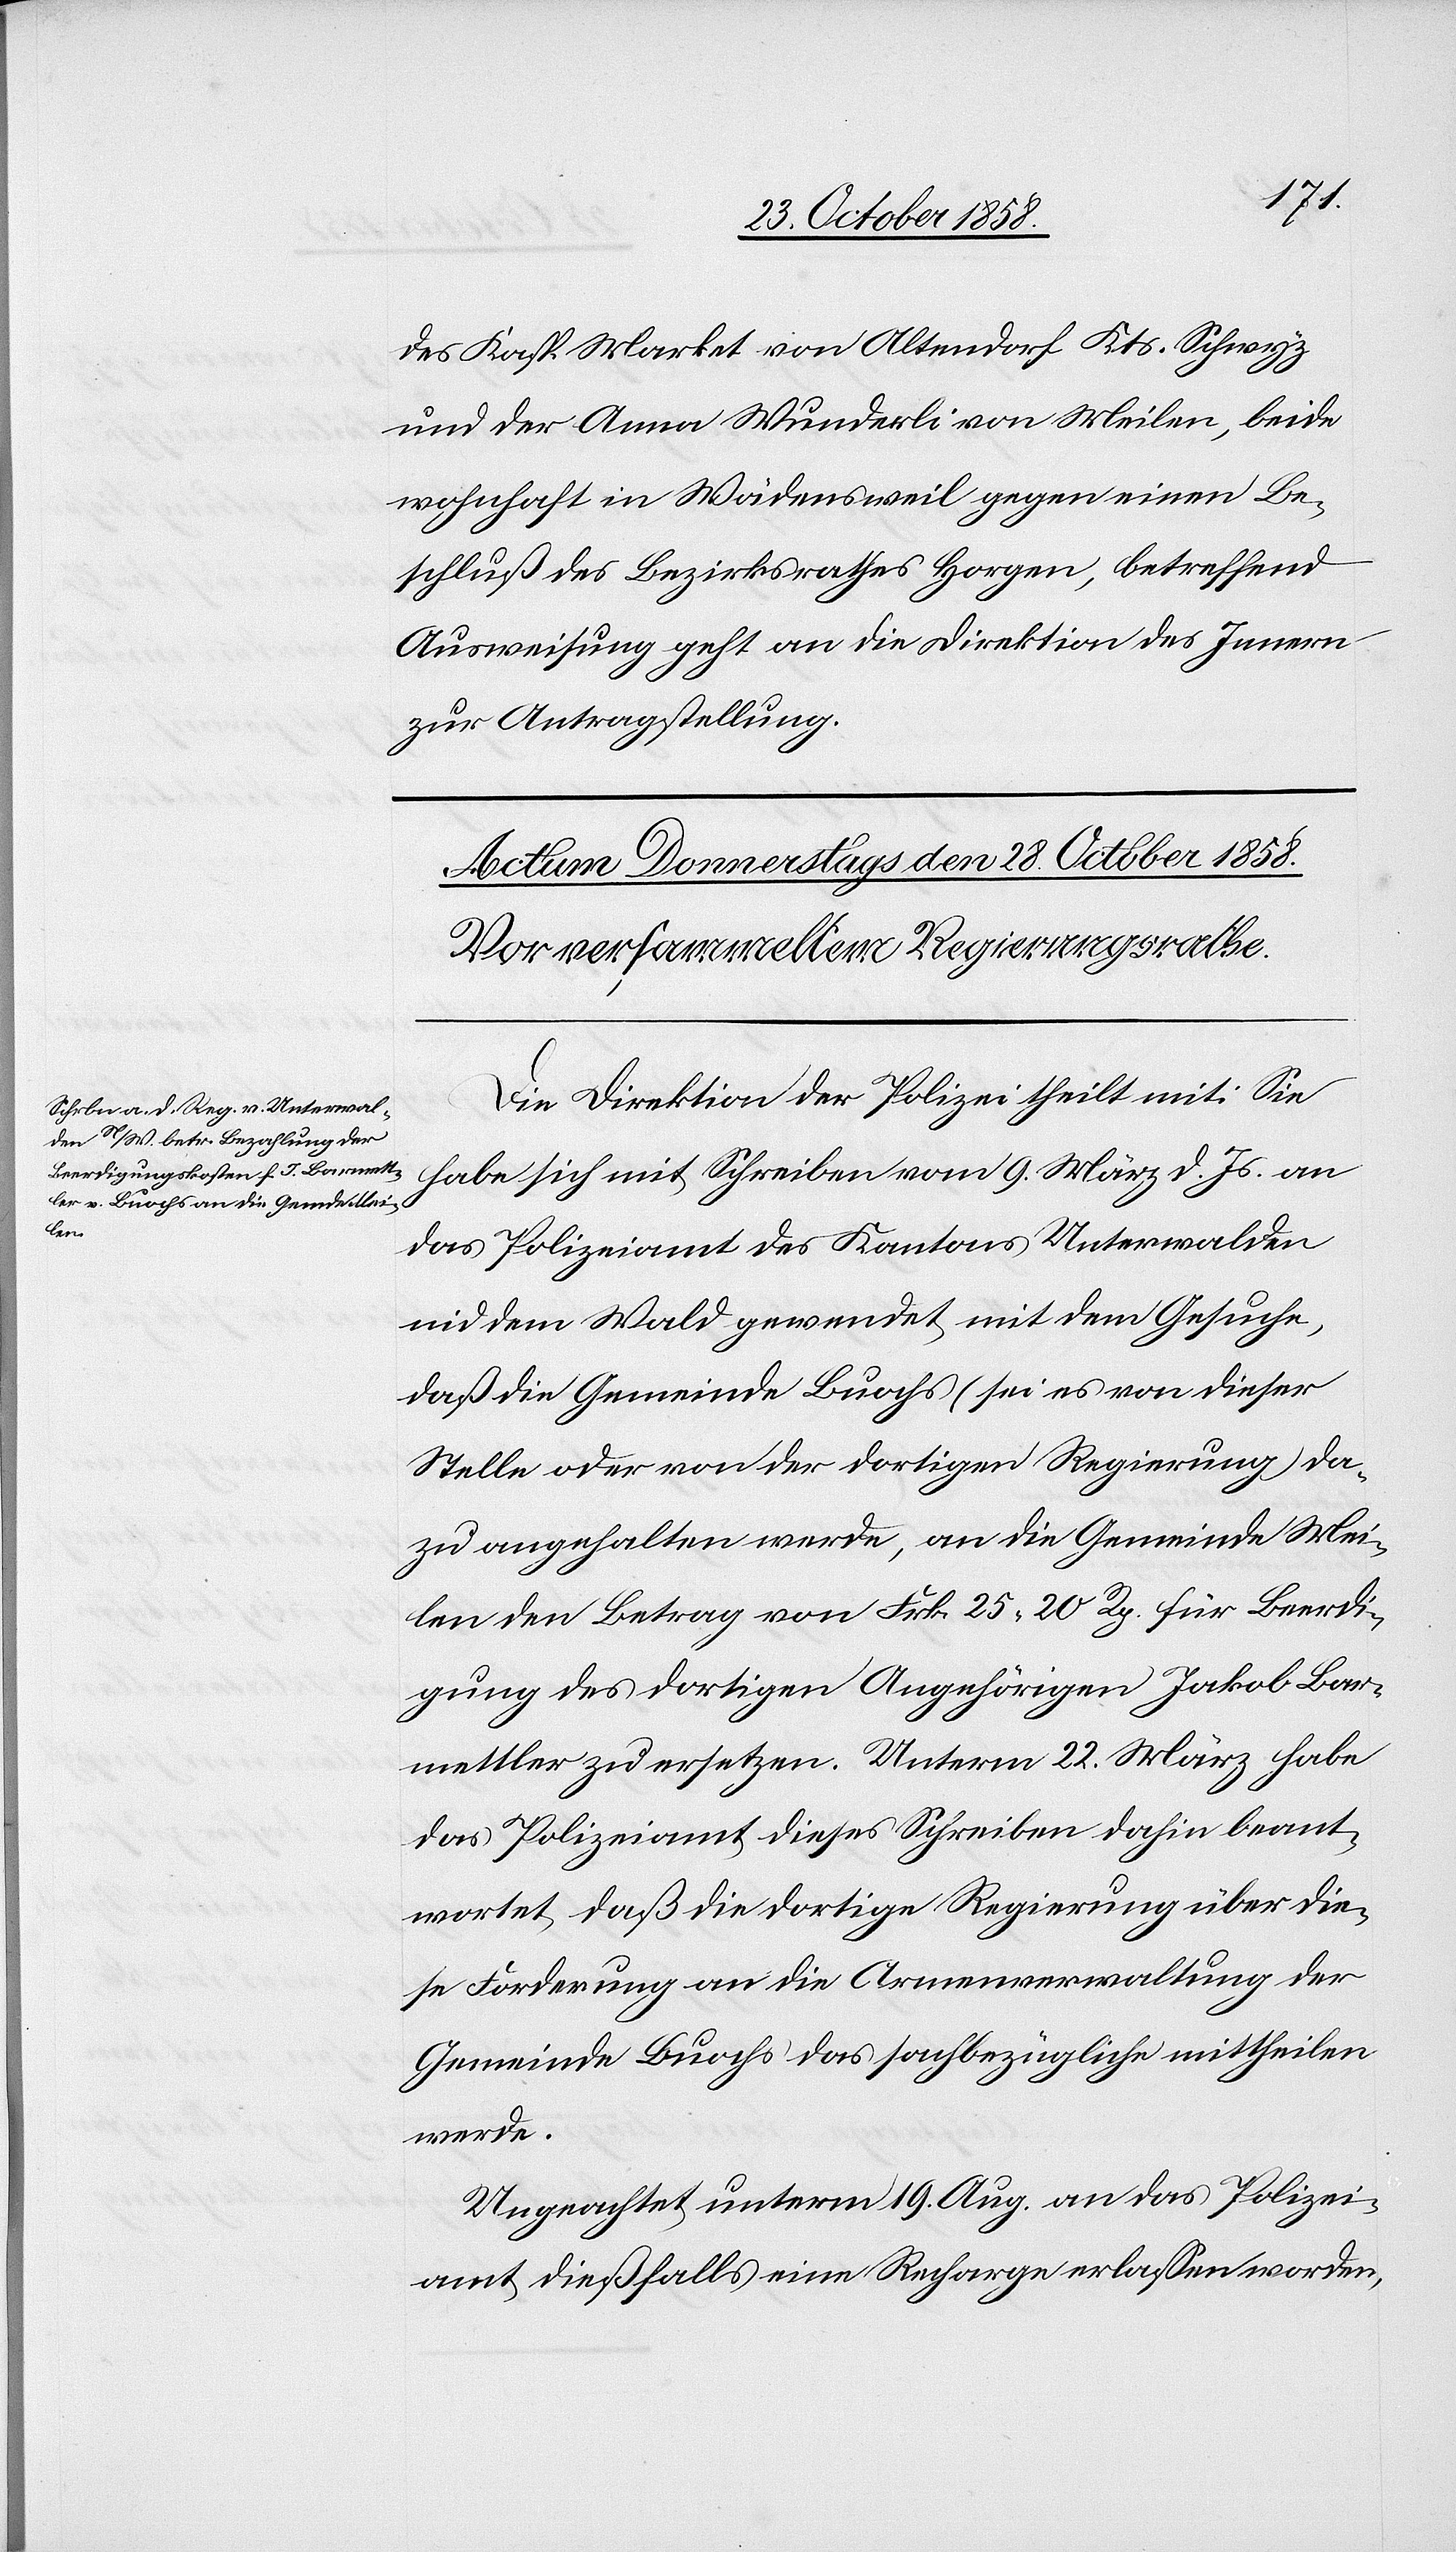
des Kasp. Market von Altendorf Kts. Schwyz
und der Anna Wunderli von Meilen, beide
wohnhaft in Wädensweil gegen einen Be¬
schluß des Bezirksrathes Horgen, betreffend
Ausweisung geht an die Direktion des Innern
zur Antragstellung.
Die Direktion der Polizei theilt mit: Sie
habe sich mit Schreiben vom 9. März d. Js. an
das Polizeiamt des Kantons Unterwalden
nid dem Wald gewendet, mit dem Gesuche,
daß die Gemeinde Buochs (sei es von dieser
Stelle oder von der dortigen Regierung) da¬
zu angehalten werde, an die Gemeinde Mei¬
len den Betrag von Frk. 25 20 Rp. für Beerdi¬
gung des dortigen Angehörigen Jakob Bar¬
mettler zu ersetzen. Unterm 22. März habe
das Polizeiamt dieses Schreiben dahin beant¬
wortet, daß die dortige Regierung über die¬
se Forderung an die Armenverwaltung der
Gemeinde Buochs das sachbezügliche mittheilen
werde.
Ungeachtet unterm 19. Aug. an das Polizei¬
amt dießfalls eine Recharge erlassen worden,